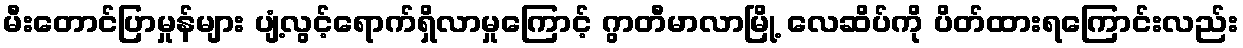
မီးတောင်ပြာမှုန်များ ပျံ့လွင့်ရောက်ရှိလာမှုကြောင့် ဂွာတီမာလာမြို့ လေဆိပ်ကို ပိတ်ထားရကြောင်းလည်း